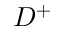
D ^ { + }